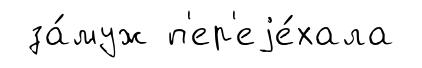
за́муж п'ер'еjе́хала